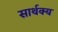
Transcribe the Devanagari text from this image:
सार्थक्य